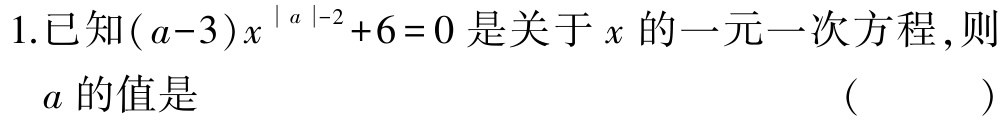
1.已知\((a - 3)x^{\vert a\vert - 2}+6 = 0\)是关于\(x\)的一元一次方程,则\(a\)的值是 （  ）